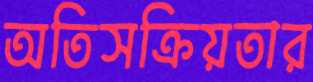
অতিসক্রিয়তার